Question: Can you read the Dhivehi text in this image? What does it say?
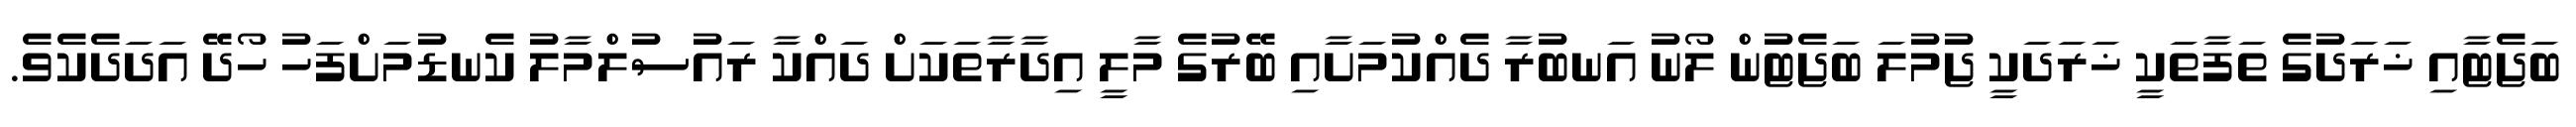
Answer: ބަޖެޓާއި ޚަރަދުގެ ތަފާތަކީ ޚަރަދަކީ ޖުމުލަ ބަޖެޓުން ލޯނު އަނބުރާ ދެއްކުމަށާއި ބޭރުގެ މާލީ އިދާރާތަކަށް ދައްކާ ރައުސުލްމާލު ކެނޑުމަށްފަހު ހޯދޭ އަދަދެކެވެ.